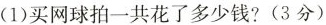
(1)买网球拍一共花了多少钱?（3分）